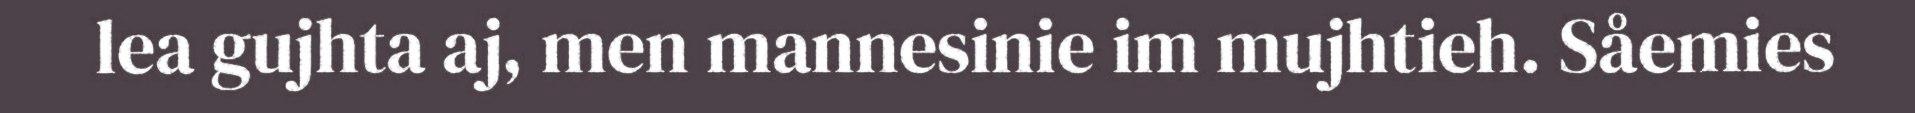
lea gujhta aj, men mannesinie im mujhtieh. Såemies